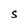
Character: s